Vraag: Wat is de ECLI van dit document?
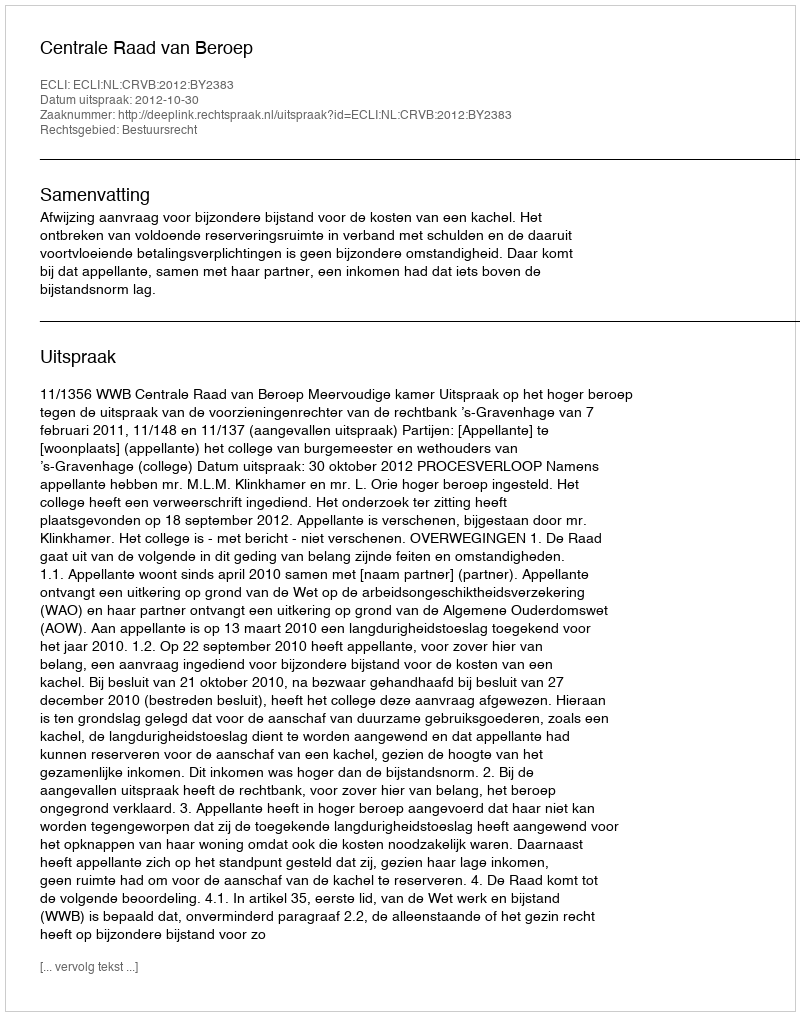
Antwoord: ECLI:NL:CRVB:2012:BY2383